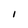
Character: I